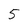
Character: 5